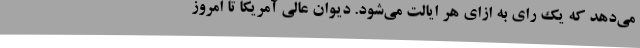
می‌دهد که یک رای به ازای هر ایالت می‌شود. دیوان عالی آمریکا تا امروز